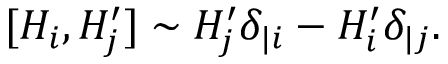
[ H _ { i } , H _ { j } ^ { \prime } ] \sim H _ { j } ^ { \prime } \delta _ { | i } - H _ { i } ^ { \prime } \delta _ { | j } .